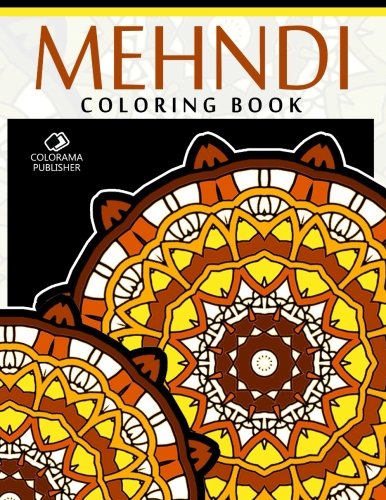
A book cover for Mehndi Coloring Book: Stress Relieving Patterns : Colorama coloring book Publishing - Coloring Books For Adults ,Mandala coloring books, Mandala coloring books for adults (Volume 2); Mehndi Coloring Book; Arts & Photography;